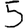
Digit: 5